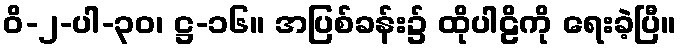
ဝိ-၂-ပါ-၃၀၊ ဋ္ဌ-၁၆။ အပြစ်ခန်း၌ ထိုပါဠိကို ရေးခဲ့ပြီ။